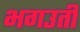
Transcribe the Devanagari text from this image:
भगउती